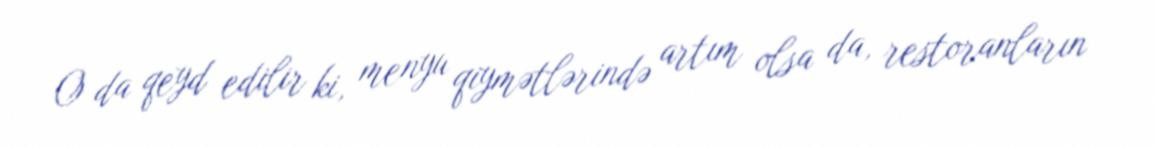
O da qeyd edilir ki, menyu qiymətlərində artım olsa da, restoranların